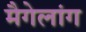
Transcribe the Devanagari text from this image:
मैगेलांग